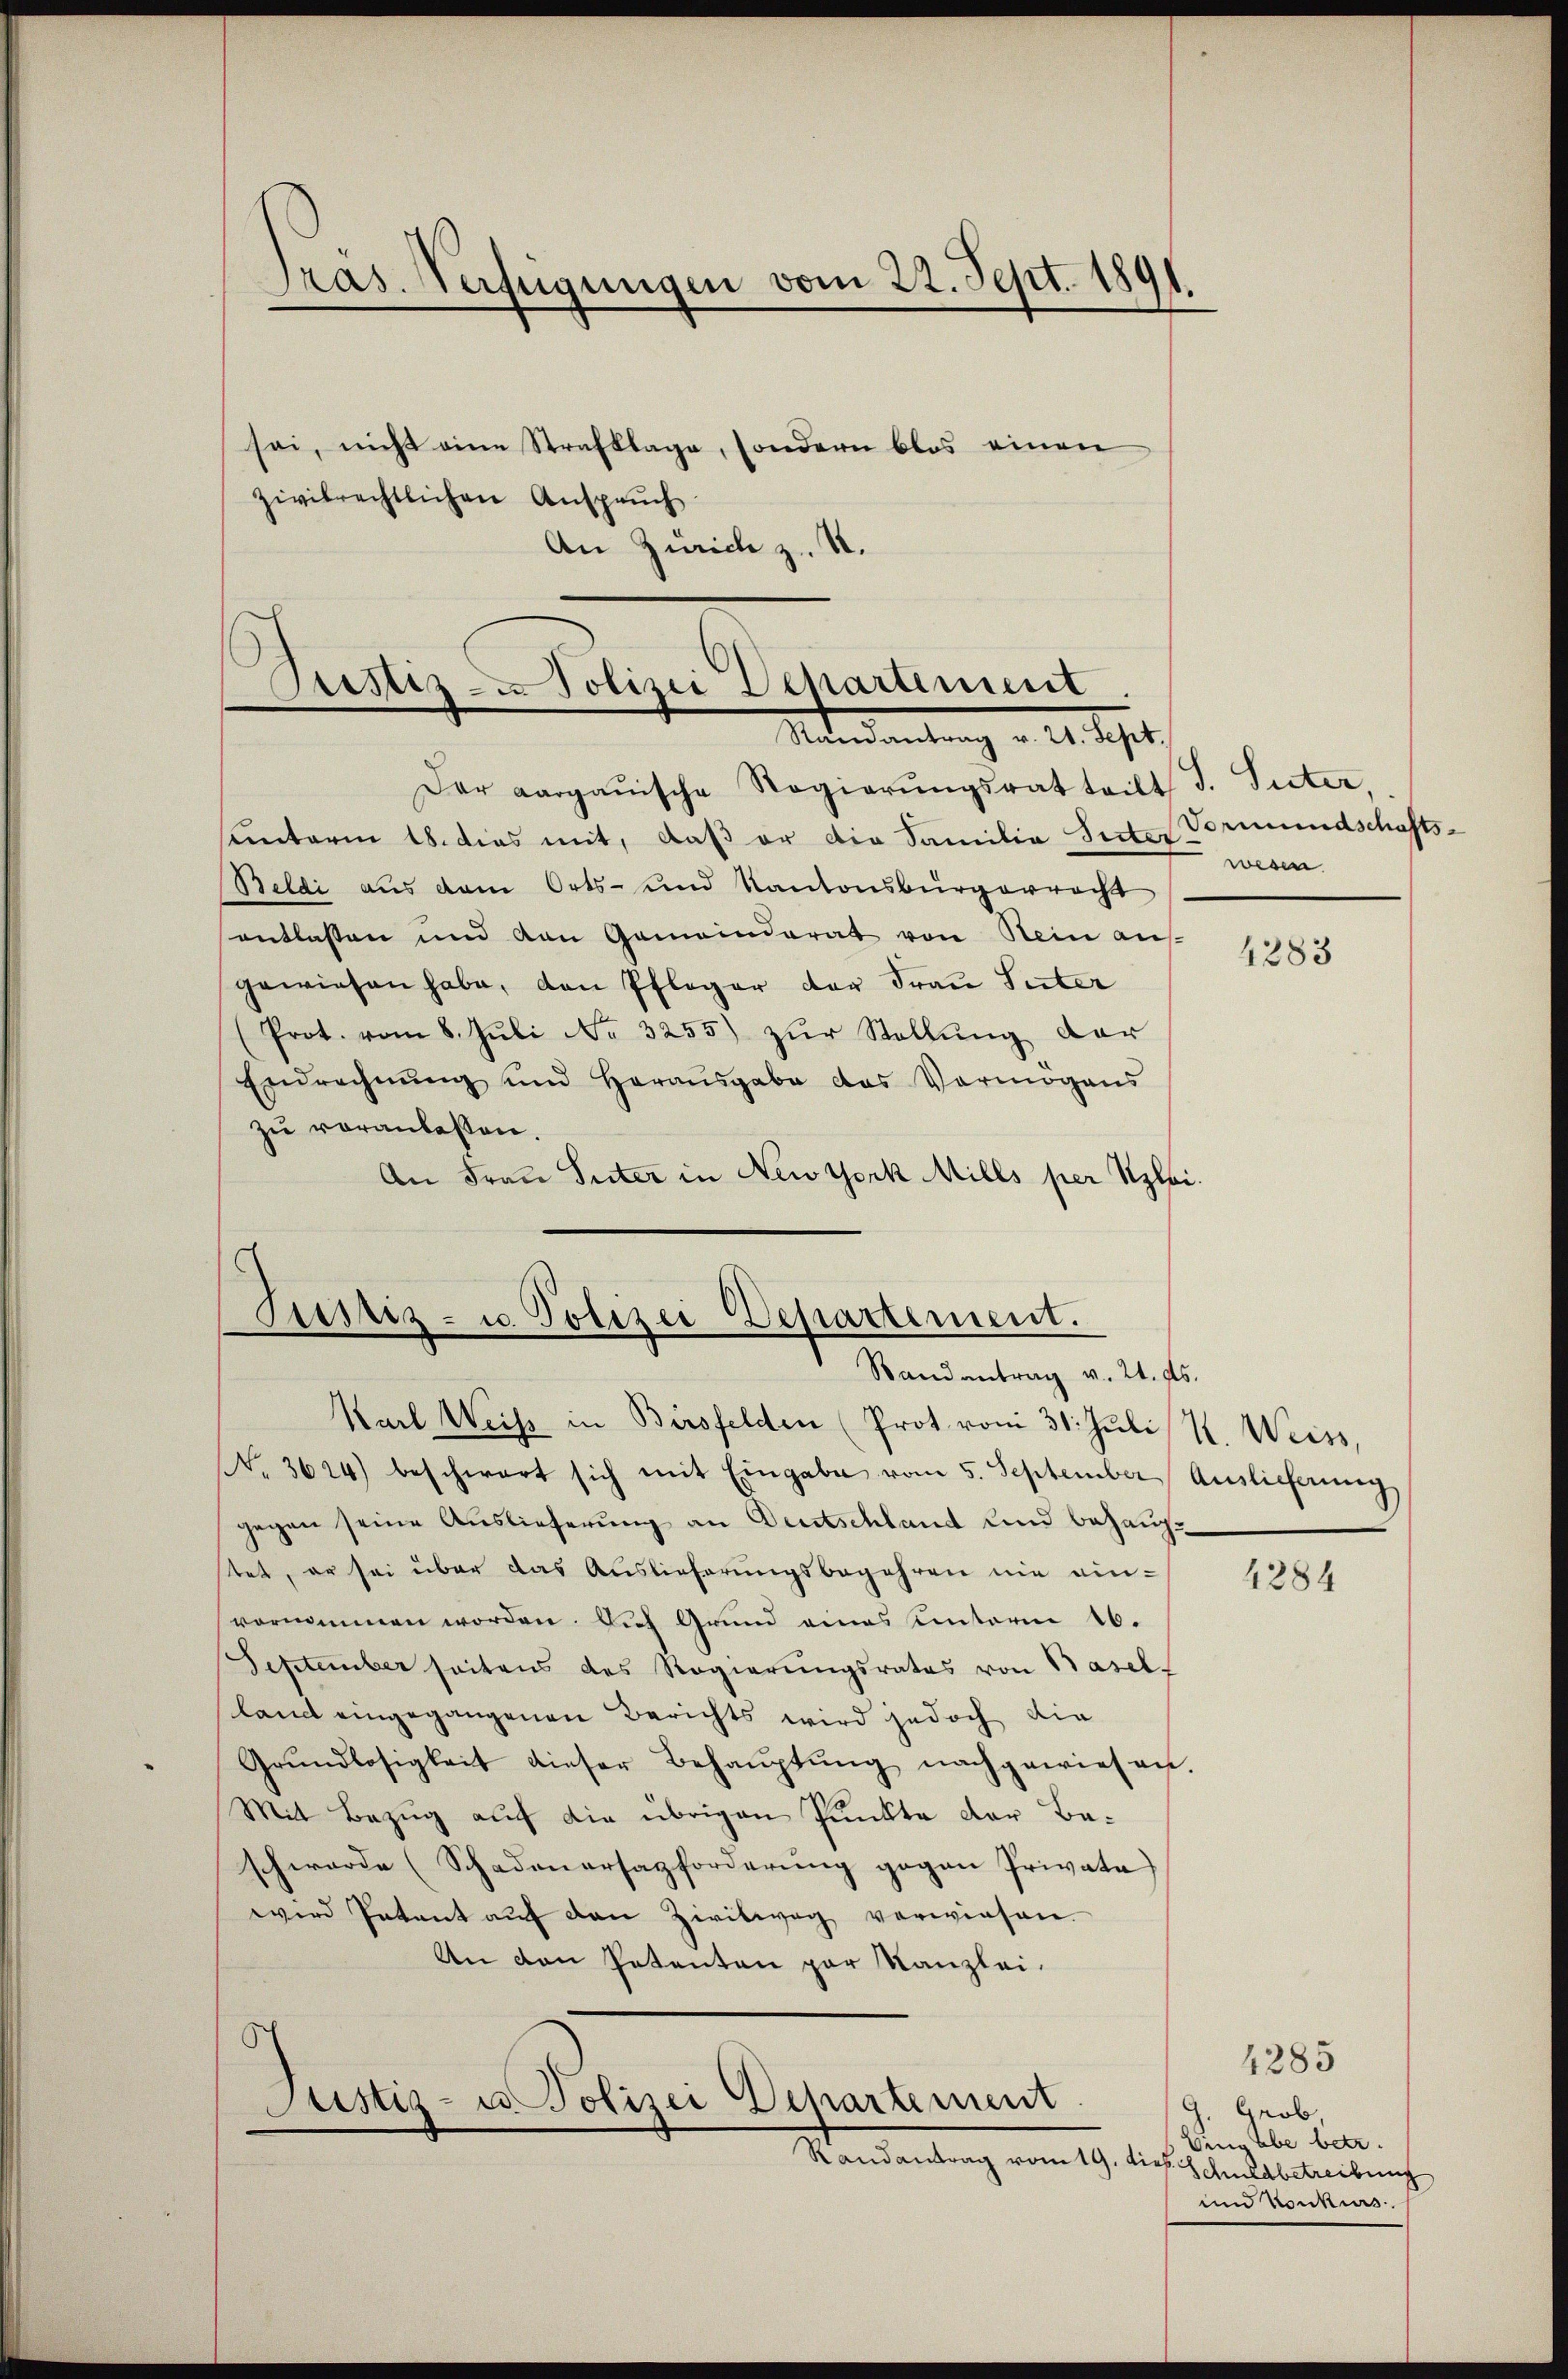
Präs. Verfügungen vom 22. Sept. 181

sei, nicht eine Strafklage, sondern blos einen
zivilrechtlichen Anspruch
An Zürich z. B.

ustiz- u. Polizei Departement
Maediantung v. 2. Sept.

Der aargauische Regierŭngsrat teilt J. Suter.
sunterin 18. dies mit, daß er die Familia Suter Vormundschäfts¬
Beldi aus dem Orts- und Kantonsbürgerracht
entlassen und den Gemeinderat von Nein auf
gewiesen habe, den Pfleger der Frau Suter
(Prot. vom 8. Jŭli No 3255) zŭr Stellŭng dar
Endrechnŭng und Herausgabe das Vermögens
zŭ veranlassen.
An Frau Suter in New York Mills per Szlei.

Justiz- u. Polizei Departement.
Randantrag v. 24. ds.

Karl Weiss in Birsfelden (Prot vom 31. Juli K. Weiss,
No. 3614) beschwart sich mit Eingabe vom 5. September Auslieferung
gegen seine Auslieferung an Deutschland und behauptet, er sei über das Auslieferungsbegehren nie ein-
vornimmen worden. Dich Grund eines unterm 16.
September seitens des Regierungsrates von Basel-
land eingegangenen Berichts wird jedoch die
Grŭndlosigkeit dieser Behaŭptŭng nachgewiesen.
Mit Bezug auf die übrigen Punkte der Beschwerde (Schadenersazforderŭng gegen Privata
wird Patent auf den Zivilweg verwiesen.
An den Petenten par Kanzlei.

Sistiz- u. Polizei Departement
Randantrag vom 19. dies. Schuldbetreibung

wesen

4283

4284

Grob
Bingabe betr.
und Konkurs.

4285